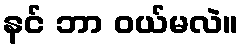
နင် ဘာ ဝယ်မလဲ။